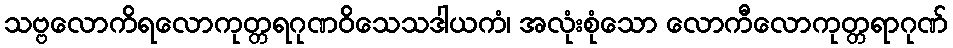
သဗ္ဗလောကိရလောကုတ္တရဂုဏဝိသေသဒါယကံ၊ အလုံးစုံသော လောကီလောကုတ္တရာဂုဏ်